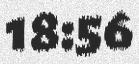
18:56